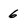
Character: 6